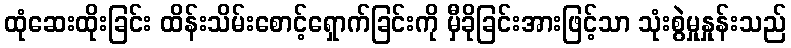
ထုံဆေးထိုးခြင်း ထိန်းသိမ်းစောင့်ရှောက်ခြင်းကို မှီခိုခြင်းအားဖြင့်သာ သုံးစွဲမှုနှုန်းသည်